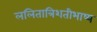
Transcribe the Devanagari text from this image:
ललितात्रिशतीभाष्य